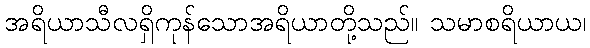
အရိယာသီလရှိကုန်သောအရိယာတို့သည်။ သမာစရိယာယ၊